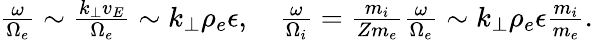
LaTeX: \begin{array}{r}{\frac{\omega}{\Omega_{e}}\sim\frac{k_{\perp}v_{E}}{\Omega_{e}}\sim k_{\perp}\rho_{e}\epsilon,\quad\frac{\omega}{\Omega_{i}}=\frac{m_{i}}{Zm_{e}}\frac{\omega}{\Omega_{e}}\sim k_{\perp}\rho_{e}\epsilon\frac{m_{i}}{m_{e}}.}\end{array}